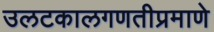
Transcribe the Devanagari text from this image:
उलटकालगणतीप्रमाणे